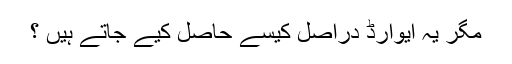
مگر یہ ایوارڈ دراصل کیسے حاصل کیے جاتے ہیں ؟